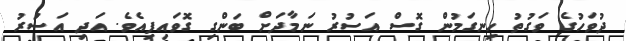
ދުވަހުގެ ވަގުތު ހިނގަމުން ގޮސް އަސުރު ނަމާދަށް ބަންގި ގޮވައިފިއެވެ. އަދި އަސުރު